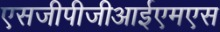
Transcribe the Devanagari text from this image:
एसजीपीजीआईएमएस